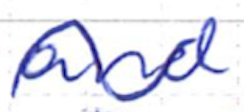
Text: and
Cross-out: wave
Writing tool: ballpoint